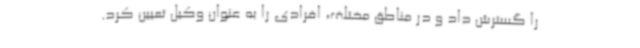
را گسترش داد و در مناطق مختلف، افرادی را به عنوان وکیل تعیین کرد.